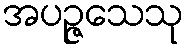
အပဉ္ဇသေသု